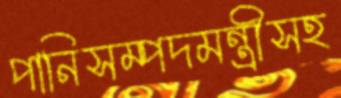
পানিসম্পদমন্ত্রীসহ